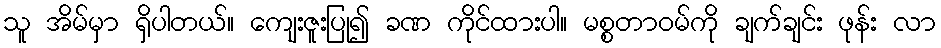
သူ အိမ်မှာ ရှိပါတယ်။ ကျေးဇူးပြု၍ ခဏ ကိုင်ထားပါ။ မစ္စတာဝမ်ကို ချက်ချင်း ဖုန်း လာ